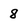
Character: 8